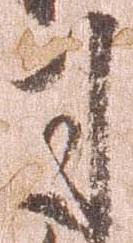
司